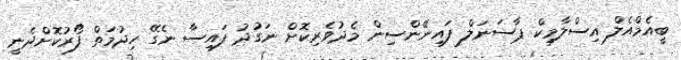
ބީއެމްއެލް އިސްލާމިކް ޕާސަނަލް ފައިނޭންސިން މެދުވެރިކޮށް ނަގުދު ފައިސާ ނެގޭ ހިދުމަތް ފޯރުކޮށްދެނީ